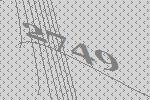
2749